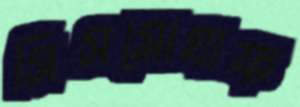
সিসমোগ্রাফ